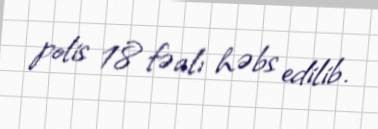
polis 18 fəalı həbs edilib.